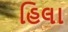
હિલા